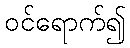
ဝင်ရောက်၍